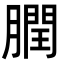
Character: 膶